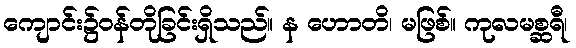
ကျောင်း၌ဝန်တိုခြင်းရှိသည်။ န ဟောတိ၊ မဖြစ်။ ကုလမစ္ဆရီ၊